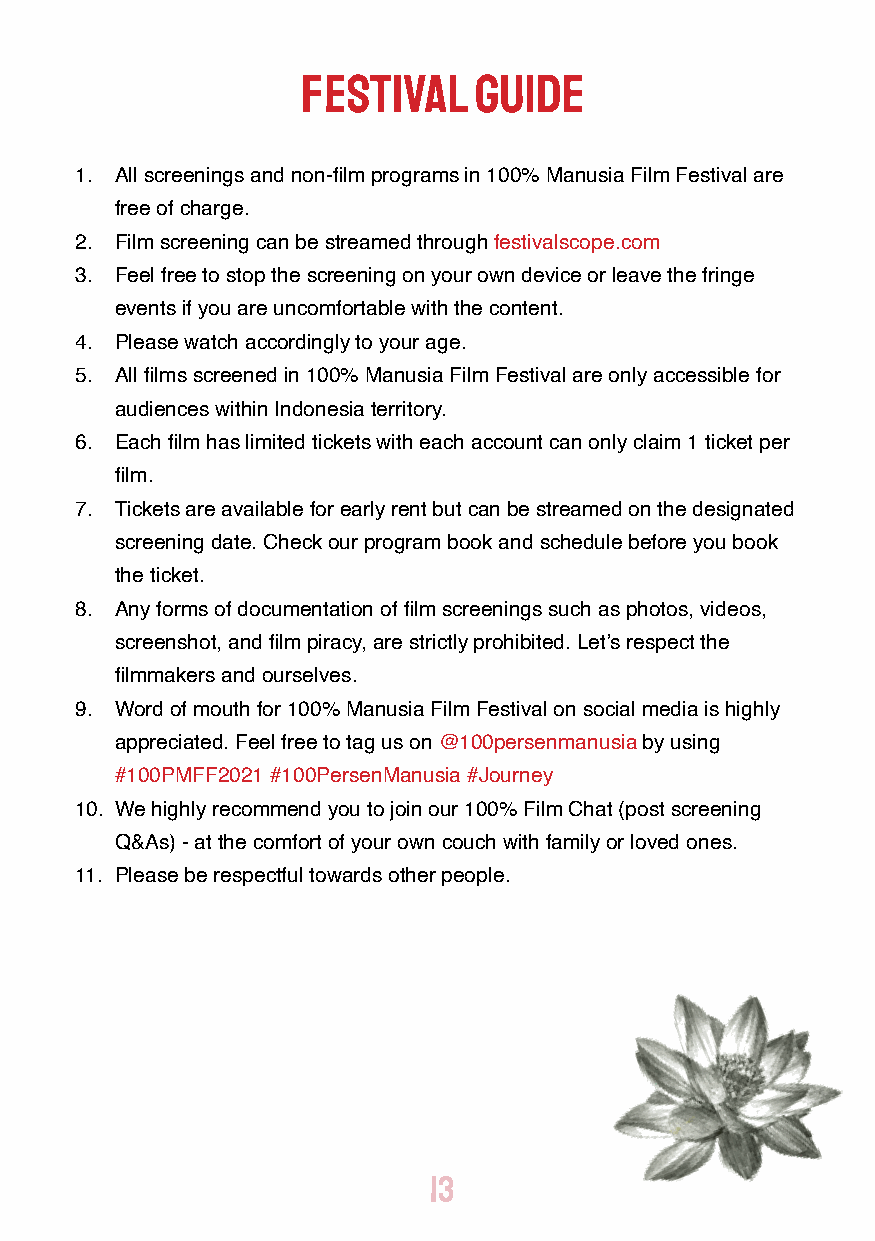
FESTIVAL   GUIDE
 1. All screenings and non-film programs in 100% Manusia Film Festival are
 free of charge.
 2. Film screening can be streamed through festivalscope.com
 3. Feel free to stop the screening on your own device or leave the fringe
 events if you are uncomfortable with the content.
 4. Please watch accordingly to your age.
 5. All films screened in 100% Manusia Film Festival are only accessible for
 audiences within Indonesia territory.
 6. Each film has limited tickets with each account can only claim 1 ticket per
 film.
 7. Tickets are available for early rent but can be streamed on the designated
 screening date. Check our program book and schedule before you book
 the ticket.
 8. Any forms of documentation of film screenings such as photos, videos,
 screenshot, and film piracy, are strictly prohibited. Let’s respect the
 filmmakers and ourselves.
 9. Word of mouth for 100% Manusia Film Festival on social media is highly
 appreciated. Feel free to tag us on @100persenmanusia by using
 #100PMFF2021 #100PersenManusia #Journey
 10. We highly recommend you to join our 100% Film Chat (post screening
 Q&As) - at the comfort of your own couch with family or loved ones.
 11. Please be respectful towards other people.
 13